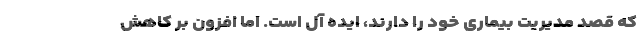
که قصد مدیریت بیماری خود را دارند، ایده آل است. اما افزون بر کاهش